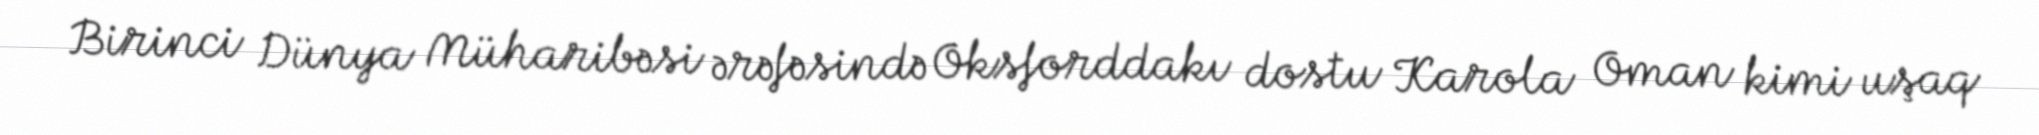
Birinci Dünya Müharibəsi ərəfəsində Oksforddakı dostu Karola Oman kimi uşaq